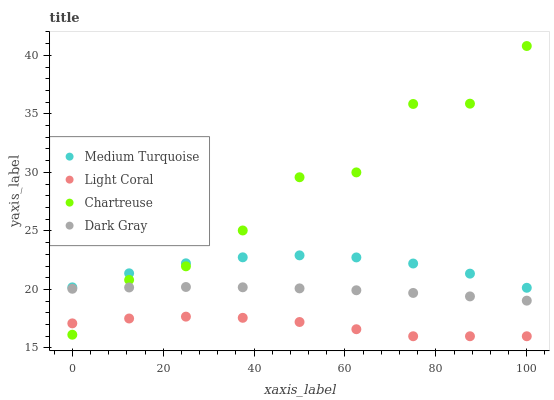
| xaxis_label | Medium Turquoise | Light Coral | Chartreuse | Dark Gray |
 | --- | --- | --- | --- | --- |
 | 0 | 20.2 | 17.1 | 16.1 | 20.1 |
 | 12.5 | 21.4 | 17.5 | 20.8 | 20.2 |
 | 25 | 22.2 | 17.7 | 22 | 20.2 |
 | 37.5 | 22.7 | 17.6 | 25 | 20.2 |
 | 50 | 22.9 | 17.2 | 29.6 | 20.1 |
 | 62.5 | 22.7 | 16.6 | 30 | 19.9 |
 | 75 | 22.2 | 16 | 35.8 | 19.7 |
 | 87.5 | 21.3 | 16 | 35.9 | 19.4 |
 | 100 | 20.1 | 16 | 40.8 | 19 |